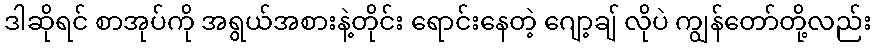
ဒါဆိုရင် စာအုပ်ကို အရွယ်အစားနဲ့တိုင်း ရောင်းနေတဲ့ ဂျော့ချ် လိုပဲ ကျွန်တော်တို့လည်း